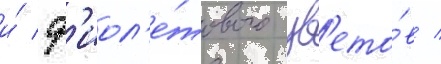
и́ ф'иол'е́тового цв'ето́в /